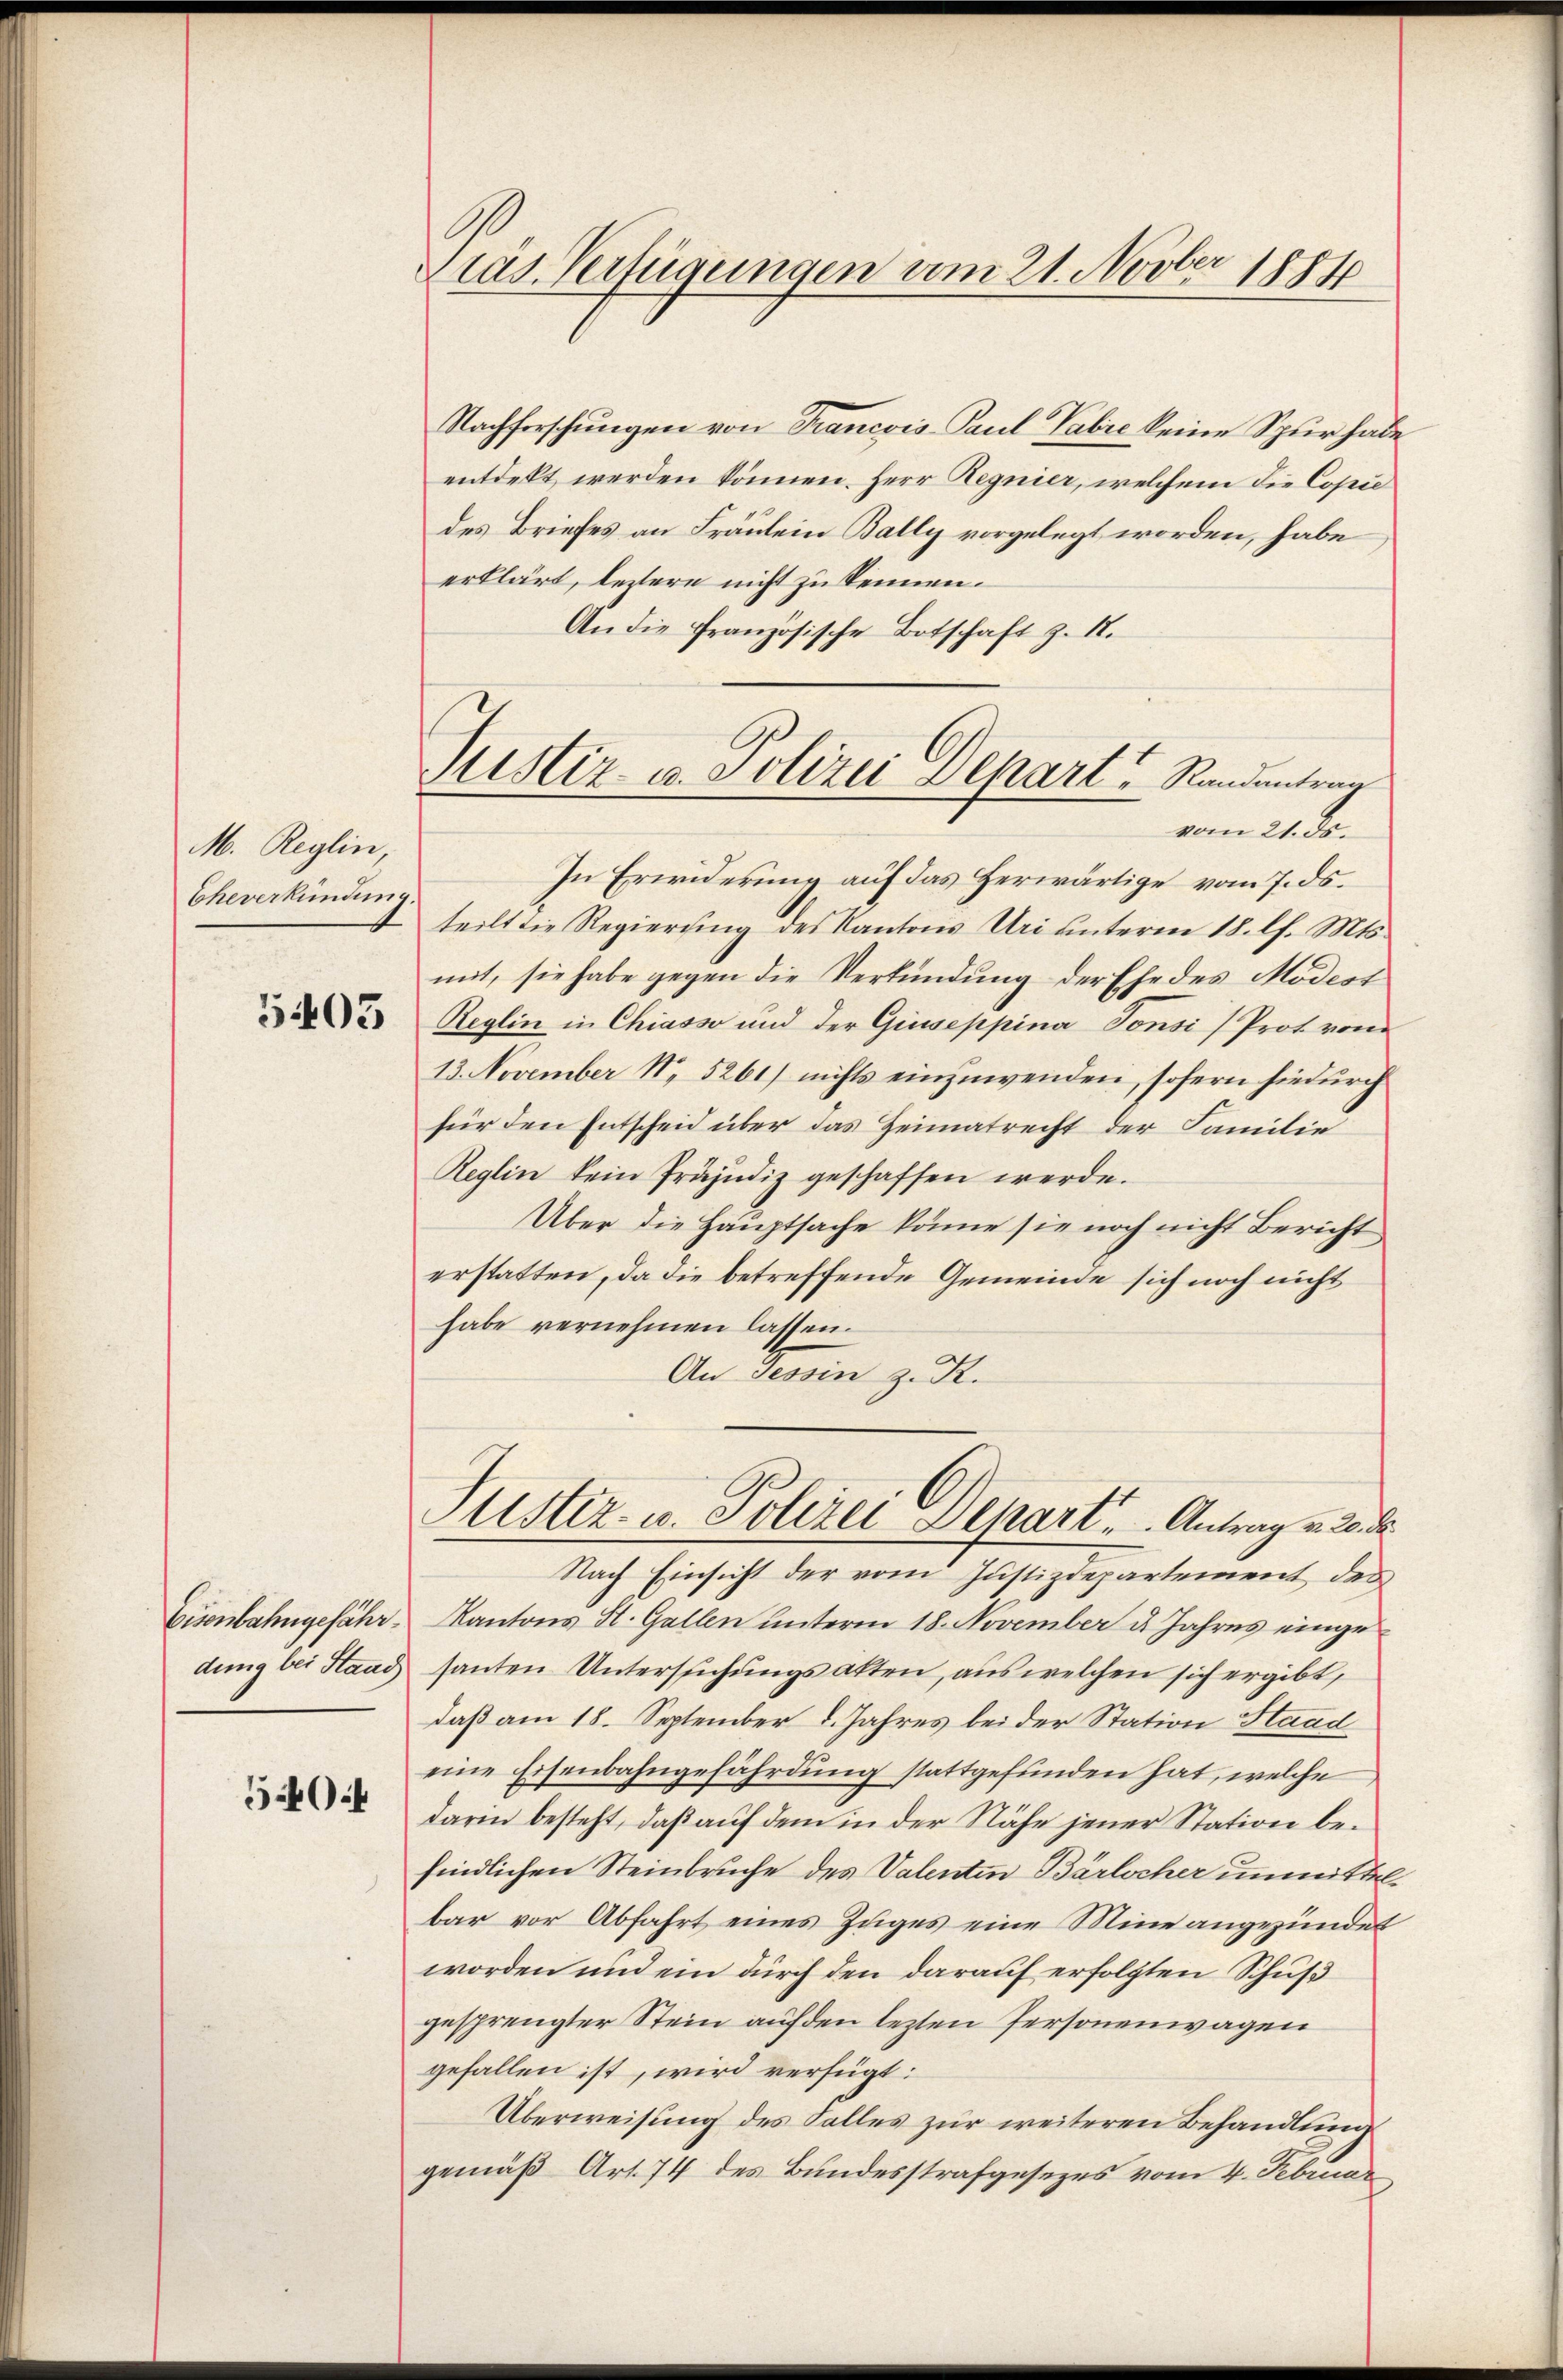
M. Reglin,
Eheverkündung.

5405

540.

Dias Verfügungen vom 21. Novber 1884

Justiz- u. Polizei Depart Randentrag
vom 21. ds.

Nachforschungen von Francois Paul Pabie keine Spur habe
entdekt werden können. Herr Regnier, welchem die Copie
des Briefes an Fräulein Bally vorgelegt worden, habe
erklärt, leztere nicht zu kennen.
An die französische Botschaft z. 18.
In Erwiderung auf das herwärtige vom 7. ds.
teilt die Regierung des Kantons Uri unterm 18. l. Mts.
mit, sie habe gegen die Verkündung der Ehe des Modess
Reglin in Chiasso und der Giuseppina Tonsi (Prot vom
13. November 1. 5261) nichts einzuwenden, sofern hiedurch
für den Entscheid über das Heimatrecht der Familie
Reglin kein Präjudiz geschaffen werde.
Über die Hauptsache könne sie noch nicht Bericht
erstatten, da die betreffende Gemeinde sich noch nicht
habe vernehmen lassen.
An Tessin z. R.
Justiz- u. Polizei Depart. Antrag v. 20. d.
Nach Einsicht der vom Justizdepartement des
Eisenbahngefähr Kantons St. Gallen ŭnterm 18. November d. Jahres eingedung bei Stand santen Untersuchungsakten, aus welchen sich ergibt,
daß am 18. September 1. Jahres bei der Station Staad
eine Eisenbahngefährdung stattgefunden hat, welche
darin besteht, daß auf dem in der Nähe jener Station befindlichen Steinbruche des Valenten Bärlocher unmittelbar vor Abfahrt eines Zuges eine Mine angezündet
worden und ein durch den darauf erfolgten Schuß
gesprengter Stein auf den lezten Personenwagen
gefallen ist, wird verfügt:
Überweisung des Falles zur weiteren Behandlung
gemäß Art. 74 des Bundesstrafgesezes vom 4. Februar